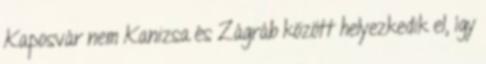
Kaposvár nem Kanizsa és Zágráb között helyezkedik el, így